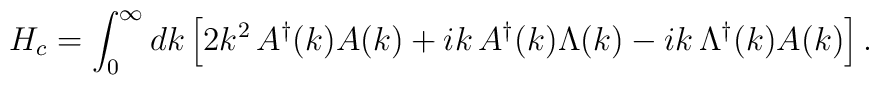
H_c=\int_0^\infty dk\,\Bigl[2k^2\,A^\dagger(k)A(k)+ik\,A^\dagger(k)\Lambda(k)-ik\,\Lambda^\dagger(k)A(k)\Bigr]\,.